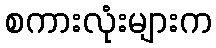
စကားလုံးများက